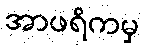
အာဖရိကမှ